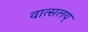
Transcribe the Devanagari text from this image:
वात्सलय्